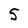
Character: S